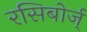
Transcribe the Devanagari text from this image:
रसिबोर्ज्